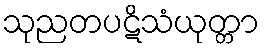
သုညတပဋိသံယုတ္တာ